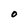
Character: O